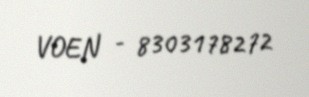
VOEN - 8303178272